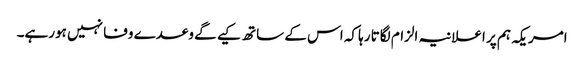
امریکہ ہم پر اعلانیہ الزام لگاتا رہا کہ اس کے ساتھ کیے گے وعدے وفا نہیں ہورہے۔